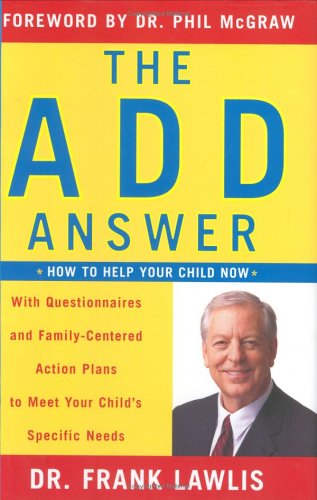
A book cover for The ADD Answer: How to Help Your Child Now; Dr. Frank Lawlis; Parenting & Relationships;